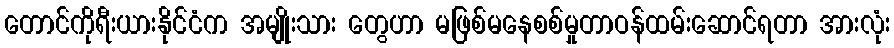
တောင်ကိုရီးယားနိုင်ငံက အမျိုးသား တွေဟာ မဖြစ်မနေစစ်မှုတာဝန်ထမ်းဆောင်ရတာ အားလုံး